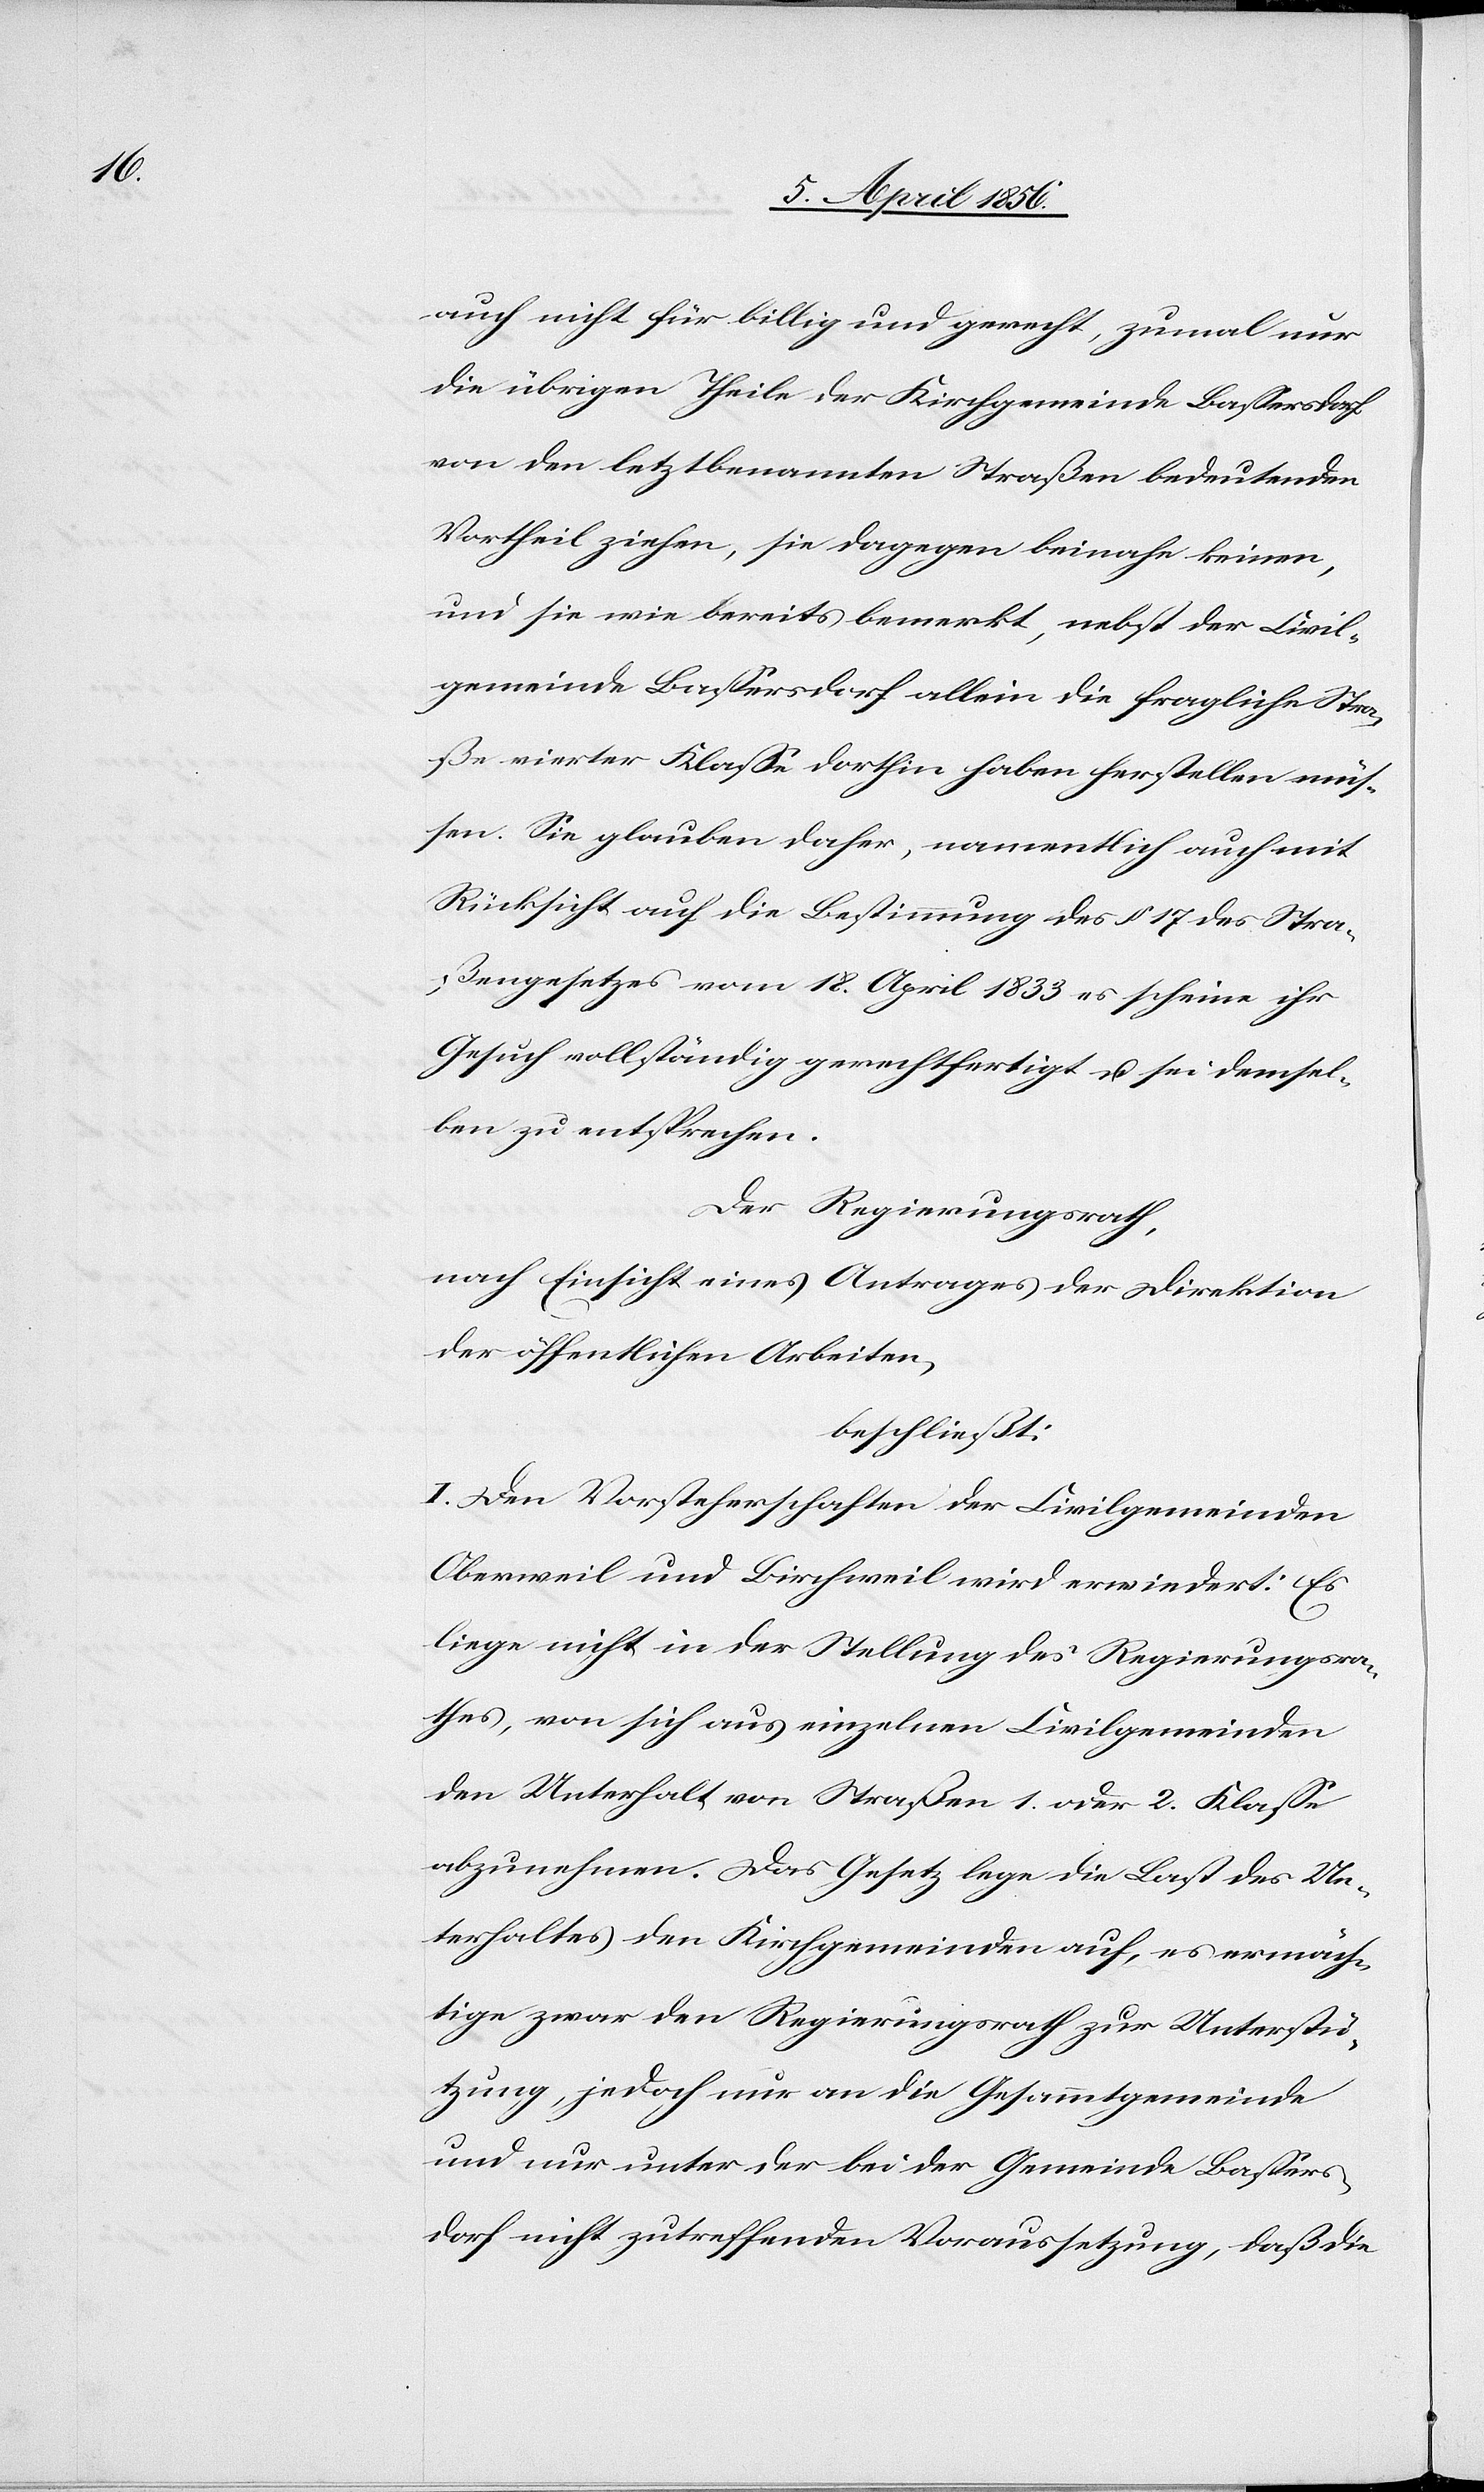
auch nicht für billig und gerecht, zumal nur
die übrigen Theile der Kirchgemeinde Bassersdorf
von den letztbenannten Straßen bedeutenden
Vortheil ziehen, sie dagegen beinahe keiner,
und sie wie bereits bemerkt, nebst der Civil¬
gemeinde Bassersdorf allein die fragliche Stra¬
ße vierter Klasse dorthin haben herstellen müs¬
sen. Sie glauben daher, namentlich auch mit
Rücksicht auf die Bestimmung des § 17 des Stra¬
ßengesetzes vom 18. April 1833 es scheine ihr
Gesuch vollständig gerechtfertigt u. sei demsel¬
ben zu entsprechen.
Der Regierungsrath,
nach Einsicht eines Antrages der Direktion
der öffentlichen Arbeiten,
beschließt:
I. Den Vorsteherschaften der Civilgemeinden
Oberweil und Birchweil wird erwiedert: Es
liege nicht in der Stellung des Regierungsra¬
thes, von sich aus einzelnen Civilgemeinden
den Unterhalt von Straßen 1. oder 2. Klasse
abzunehmen. Das Gesetz lege die Last des Un¬
terhaltes den Kirchgemeinden auf, es ermäch¬
tige zwar den Regierungsrath zur Unterstü¬
tzung, jedoch nur an die Gesammtgemeinde
und nur unter der bei der Gemeinde Bassers¬
dorf nicht zutreffenden Voraussetzung, daß die